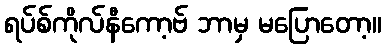
ရပ်စ်ကိုလ်နီကော့ဗ် ဘာမှ မပြောတော့။